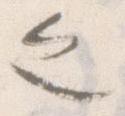
之